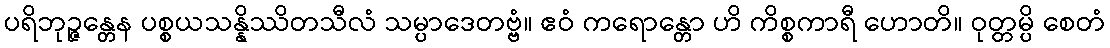
ပရိဘုဉ္ဇန္တေန ပစ္စယသန္နိဿိတသီလံ သမ္ပာဒေတဗ္ဗံ။ ဧဝံ ကရောန္တော ဟိ ကိစ္စကာရီ ဟောတိ။ ဝုတ္တမ္ပိ စေတံ